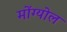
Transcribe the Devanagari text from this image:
मोंग्योल